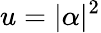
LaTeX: u=\vert\alpha\vert^{2}